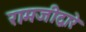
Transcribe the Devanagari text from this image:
रामजीद्वारे